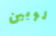
لوبين